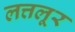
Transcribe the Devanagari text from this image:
लत्तलूर